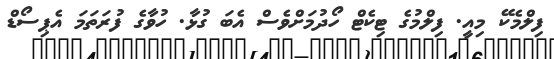
ފިލްމެކޭ މިއީ. ފިލްމުގެ ޓިކެޓް ހޯދުމަށްވެސް އެބަ ގުޅާ. ހުވާގެ ފުރަތަމަ އެޕިސޯޑް